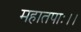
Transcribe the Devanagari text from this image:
महातपाः।।